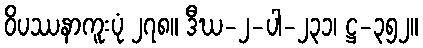
ဝိပဿနာကူးပုံ ၂၇၈။ ဒီဃ-၂-ပါ-၂၃၁၊ ဋ္ဌ-၃၅၂။